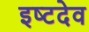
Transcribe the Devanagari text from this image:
इष्‍टदेव